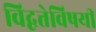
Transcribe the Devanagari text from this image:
विद्वत्तेविषयीं